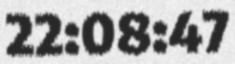
22:08:47